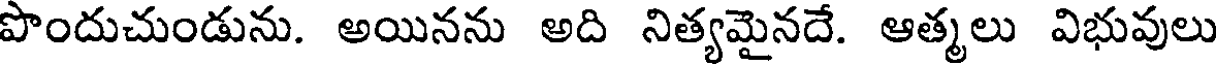
పొందుచుండును. అయినను అది నిత్యమైనదే. ఆత్మలు విభువులు